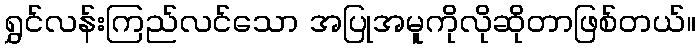
ရွှင်လန်းကြည်လင်သော အပြုအမူကိုလိုဆိုတာဖြစ်တယ်။